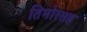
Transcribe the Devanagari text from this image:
तिमोरसह